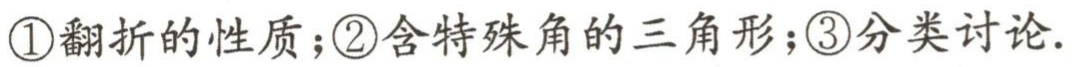
\textcircled{1}翻折的性质；\textcircled{2}含特殊角的三角形；\textcircled{3}分类讨论.